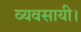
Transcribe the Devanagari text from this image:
व्यवसायी।